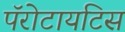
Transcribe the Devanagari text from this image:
पॅरोटायटिस